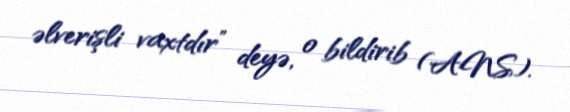
əlverişli vaxtdır” deyə, o bildirib (ANS).